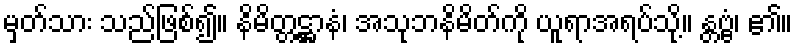
မှတ်သား သည်ဖြစ်၍။ နိမိတ္တဋ္ဌာနံ၊ အသုဘနိမိတ်ကို ယူရာအရပ်သို့။ န္တဗ္ဗံ၊ ၏။